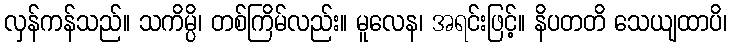
လှန်ကန်သည်။ သကိမ္ပိ၊ တစ်ကြိမ်လည်း။ မူလေန၊ အရင်းဖြင့်။ နိပတတိ သေယျထာပိ၊